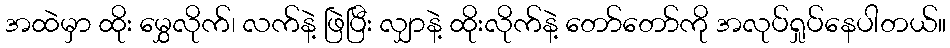
အထဲမှာ ထိုး မွှေလိုက်၊ လက်နဲ့ ဖြဲပြီး လျှာနဲ့ ထိုးလိုက်နဲ့ တော်တော်ကို အလုပ်ရှုပ်နေပါတယ်။